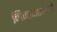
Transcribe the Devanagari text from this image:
निजामशाहाने